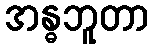
အန္ဓဘူတာ